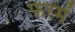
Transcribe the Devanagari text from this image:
फरमें